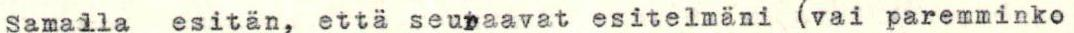
Samalla esitän, että seuraavat esitelmäni (vai paremminko